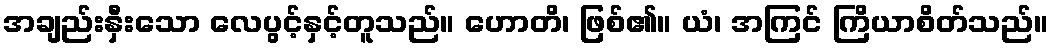
အချည်းနှီးသော လေပွင့်နှင့်တူသည်။ ဟောတိ၊ ဖြစ်၏။ ယံ၊ အကြင် ကြိယာစိတ်သည်။